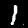
Label: 1